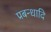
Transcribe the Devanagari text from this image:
प्रबन्धादि